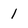
Character: l